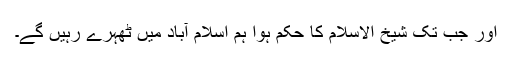
اور جب تک شیخ الاسلام کا حکم ہوا ہم اسلام آباد میں ٹھہرے رہیں گے۔